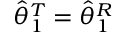
\widehat { \theta } _ { 1 } ^ { T } = \widehat { \theta } _ { 1 } ^ { R }